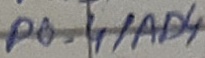
Text: P0.4/AD4